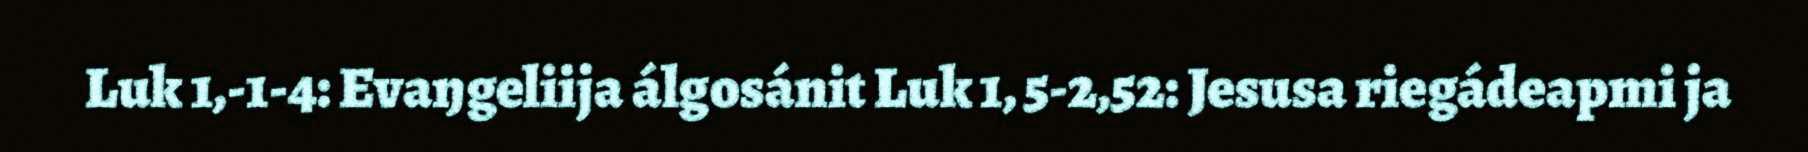
Luk 1,‐1‐4: Evaŋgeliija álgosánit Luk 1, 5‐2,52: Jesusa riegádeapmi ja